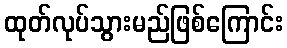
ထုတ်လုပ်သွားမည်ဖြစ်ကြောင်း